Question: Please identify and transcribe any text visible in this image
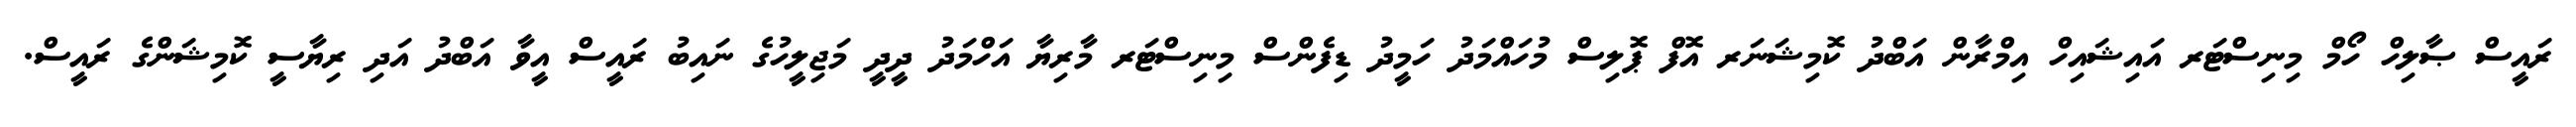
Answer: ރައީސް ޞާލިހް ހޯމް މިނިސްޓަރ އައިޝައިހް އިމްރާން އަބްދު ކޮމިޝަނަރ އޮފް ޕޮލިސް މުހައްމަދު ހަމީދު ޑިފެންސް މިނިސްޓަރ މާރިޔާ އަހްމަދު ދީދީ މަޖިލީހުގެ ނައިބު ރައީސް އީވާ އަބްދު އަދި ރިޔާސީ ކޮމިޝަންގެ ރައީސް.